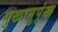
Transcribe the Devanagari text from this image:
पुखानुपुंख